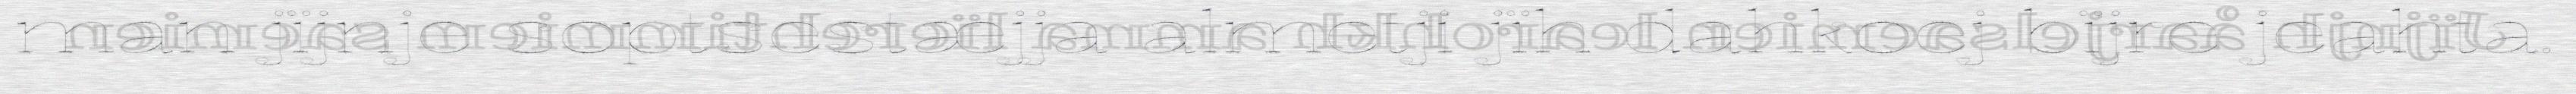
man jïjnje soptsestæjja almetji jïh dahkoej bïjre jeahta.